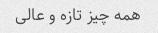
همه چیز تازه و عالی